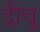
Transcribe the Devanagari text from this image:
द्रीचू